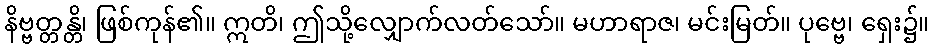
နိဗ္ဗတ္တန္တိ၊ ဖြစ်ကုန်၏။ ဣတိ၊ ဤသို့လျှောက်လတ်သော်။ မဟာရာဇ၊ မင်းမြတ်။ ပုဗ္ဗေ၊ ရှေး၌။